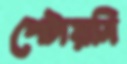
পেটায়নি